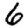
Digit: 6